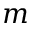
m